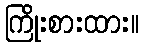
ကြိုးစားထား။